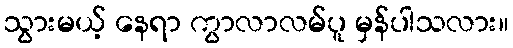
သွားမယ့် နေရာ ကွာလာလမ်ပူ မှန်ပါသလား။